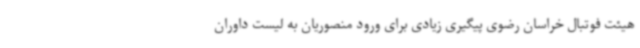
هیئت فوتبال خراسان رضوی پیگیری زیادی برای ورود منصوریان به لیست داوران